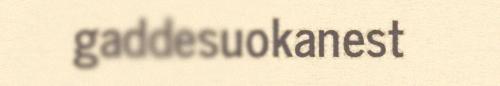
gaddesuokanest